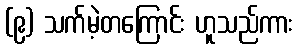
(၉) သက်မဲ့တကြောင်း ဟူသည်ကား